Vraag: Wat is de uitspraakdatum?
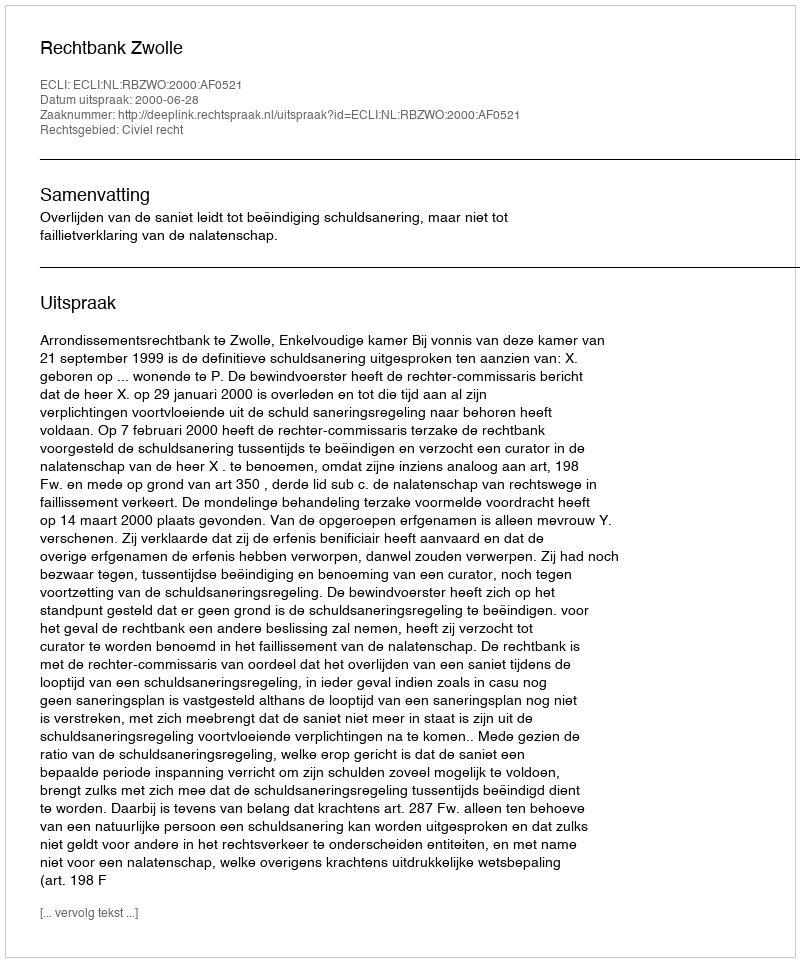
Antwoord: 2000-06-28